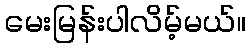
မေးမြန်းပါလိမ့်မယ်။